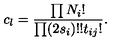
c _ { l } = \frac { \prod N _ { i } ! } { \prod ( 2 s _ { i } ) ! ! t _ { i j } ! } .